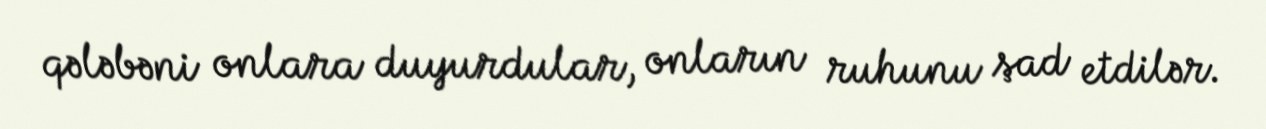
qələbəni onlara duyurdular, onların ruhunu şad etdilər.